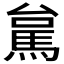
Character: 𮩻